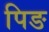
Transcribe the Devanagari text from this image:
पिङ